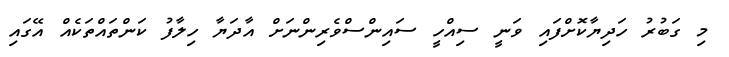
މި ގަބުރު ހަދިޔާކޮށްފައި ވަނީ ސިއްހީ ސައިންސްވެރިންނަށް އާދަޔާ ހިލާފު ކަންތައްތަކެއް އޭގައި